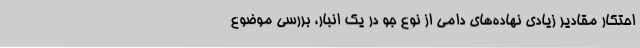
احتکار مقادیر زیادی نهاده‌های دامی از نوع جو در یک انبار، بررسی موضوع